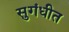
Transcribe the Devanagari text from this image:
सुगंधीत